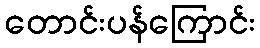
တောင်းပန်ကြောင်း